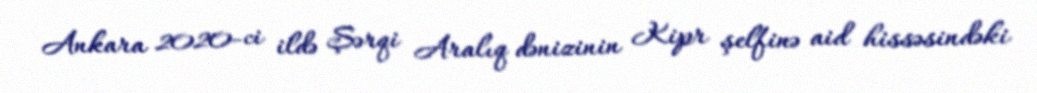
Ankara 2020-ci ildə Şərqi Aralıq dənizinin Kipr şelfinə aid hissəsindəki